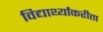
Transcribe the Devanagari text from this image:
विद्यार्थ्यांकरीता